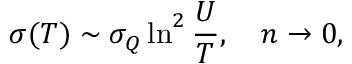
\sigma ( T ) \sim \sigma _ { Q } \ln ^ { 2 } \frac { U } { T } , \quad n \to 0 ,